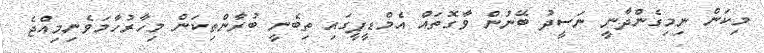
މިކަން ނިމިގެންދާނީ ނަސީދު ބޭނުން ވާގޮތައް އެމްޑީޕީގައި ތިބެނީ ބުރާންތިކަން މިހާރުހާމަވެެނިމިއްޖެ